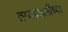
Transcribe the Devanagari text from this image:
तय्यबअलींच्या